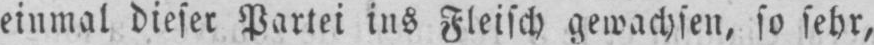
einmal dieser Partei ins Fleisch gewachsen, so sehr,